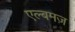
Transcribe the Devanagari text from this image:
एल्बमज़